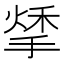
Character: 𢱀